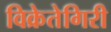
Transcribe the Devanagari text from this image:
विक्रेतेगिरी